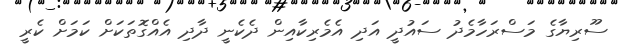
ސޫރިޔާގެ މަސްރަހާމެދު ސައުދީ އަދި އެމެރިކާއިން ދެކެނީ ދާދި އެއްގޮތަކަށް ކަމަށް ކެރީ